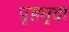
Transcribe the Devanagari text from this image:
पृष्ठमृदा